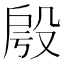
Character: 𣪔